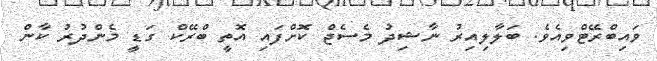
ވައިބްރޭޓްވިއެވެ. ބަލާލިއިރު ނާޝިދު މެސެޖް ކޮށްފައި އޮތީ ބްރޭކް ގަޑީ މެންދުރު ކާން